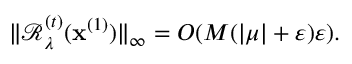
\| \mathcal { R } _ { \lambda } ^ { ( t ) } ( \mathbf { x } ^ { ( 1 ) } ) \| _ { \infty } = O ( M ( | \mu | + \varepsilon ) \varepsilon ) .